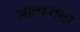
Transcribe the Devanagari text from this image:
माल्कमला